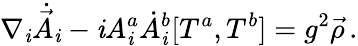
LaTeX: \nabla_{\mathit{i}}\dot{{\vec{{A}}}}_{\mathit{i}}-\mathit{i}A_{\mathit{i}}^{a}\dot{{A}}_{\mathit{i}}^{b}[T^{a},T^{b}]=g^{2}\vec{{\rho}}\, .